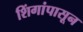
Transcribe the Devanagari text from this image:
शिंगांपासून